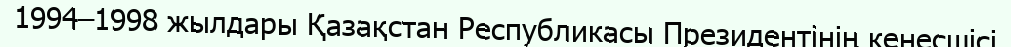
1994–1998 жылдары Қазақстан Республикасы Президентінің кеңесшісі